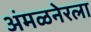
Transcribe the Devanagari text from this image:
अंमळनेरला